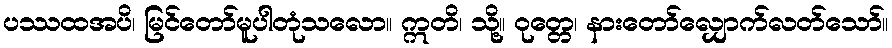
ပဿထအပိ၊ မြင်တော်မူပါတုံသလော။ ဣတိ၊ သို့။ ဝုတ္တေ၊ နားတော်လျှောက်လတ်သော်။